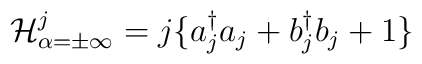
{\cal H}^j_{\alpha=\pm \infty} = j\{ a^{\dagger}_j a_j  + b^{\dagger}_j b_j + 1 \}